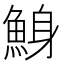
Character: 鯓